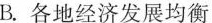
B.各地经济发展均衡